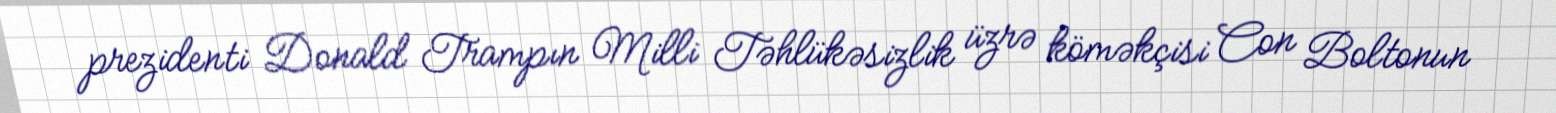
prezidenti Donald Trampın Milli Təhlükəsizlik üzrə köməkçisi Con Boltonun